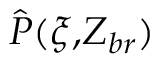
\hat { P } ( \xi , \! Z _ { b r } )